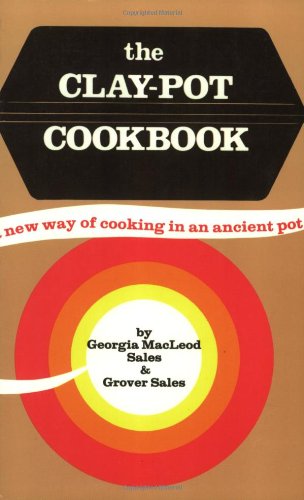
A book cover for The Clay Pot Cookbook; Georgia Sales; Cookbooks, Food & Wine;